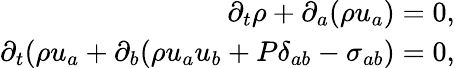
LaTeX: \begin{array}{r}{\partial_{t}\rho+\partial_{a}(\rho u_{a})=0,}\\ {\partial_{t}(\rho u_{a}+\partial_{b}(\rho u_{a}u_{b}+P\delta_{ab}-\sigma_{ab})=0,}\end{array}